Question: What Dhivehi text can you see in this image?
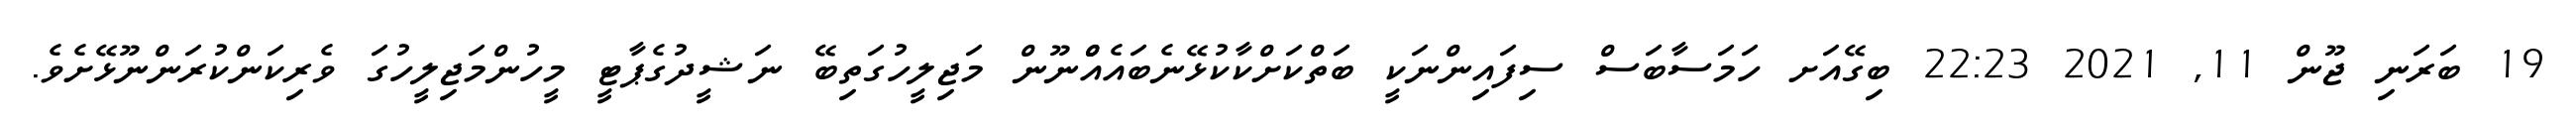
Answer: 19 ބަރަނި ޖޫން 11, 2021 22:23 ބިގޭއަށ ހަމަސާބަސް ސިފައިންނަކީ ބަތްކަށްކާކުޅޭނެބައެއްްނޫން މަޖިލީހުގަތިބޭ ނަޝީދުގެޕާޓީ މީހުންމަޖިލީހުގަ ވެރިކަންކުރަންނޫޅޭށެވެ.